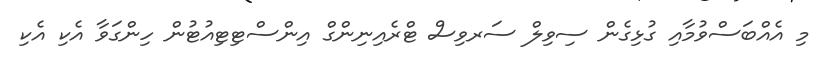
މި އެއްބަސްވުމާއި ގުޅިގެން ސިވިލް ސަރވިސް ޓްރެއިނިންގް އިންސްޓިޓިއުޓުން ހިންގަވާ އެކި އެކި